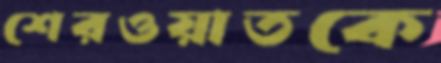
শেরওয়াতকে